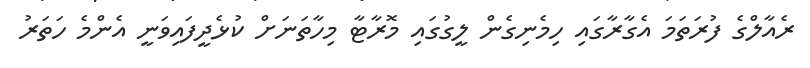
ރެއާލްގެ ފުރަތަމަ އެގާރާގައި ހިމެނިގެން ލީގުގައި މޮރާޓާ މިހާތަނަށް ކުޅެދީފައިވަނީ އެންމެ ހަތަރު